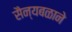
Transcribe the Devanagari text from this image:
सैन्यबळाने